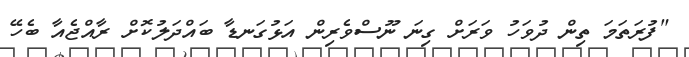
"ފުރަތަމަ ތިން ދުވަހު ވަރަށް ގިނަ ނޫސްވެރިން އަޅުގަނޑާ ބައްދަލުކޮށް ރާއްޖެއާ ބެހޭ